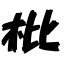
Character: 枇